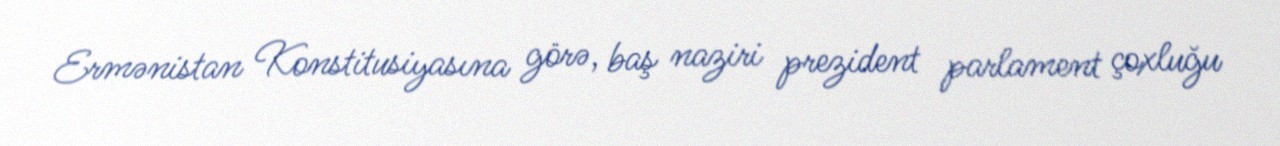
Ermənistan Konstitusiyasına görə, baş naziri prezident parlament çoxluğu